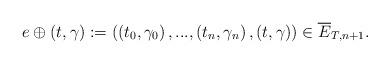
LaTeX: \begin{align*}e\oplus\left( t,\gamma\right) :=\left( \left( t_{0},\gamma_{0}\right),...,\left( t_{n},\gamma_{n}\right) ,\left( t,\gamma\right) \right)\in\overline{E}_{T,n+1}. \end{align*}